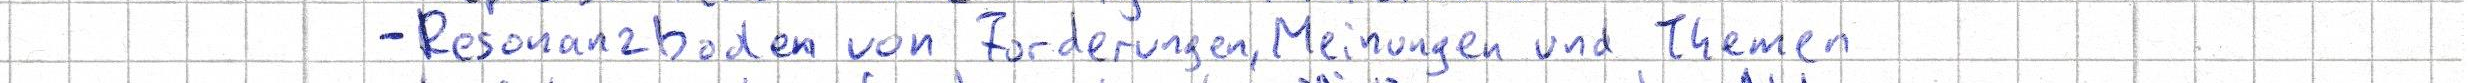
- Resonanzboden von Forderungen, Meinungen und Themen